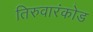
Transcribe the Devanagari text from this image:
तिरुवारंकोड